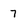
Character: 7